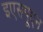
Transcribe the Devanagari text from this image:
इएसपूएन